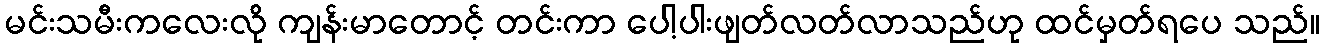
မင်းသမီးကလေးလို ကျန်းမာတောင့် တင်းကာ ပေါ့ပါးဖျတ်လတ်လာသည်ဟု ထင်မှတ်ရပေ သည်။